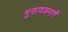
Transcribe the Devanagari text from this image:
भुसावळमार्गे